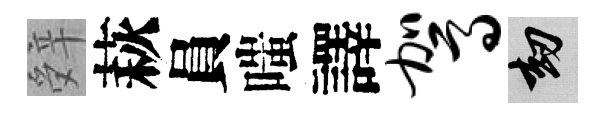
辤萩員嗤譯驾劫